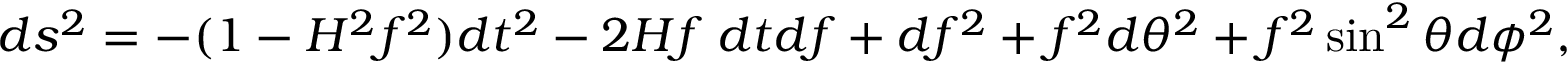
d s ^ { 2 } = - ( 1 - H ^ { 2 } f ^ { 2 } ) d t ^ { 2 } - 2 H f \; d t d f + d f ^ { 2 } + f ^ { 2 } d \theta ^ { 2 } + f ^ { 2 } \sin ^ { 2 } \theta d \phi ^ { 2 } ,